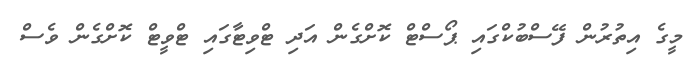
މީގެ އިތުރުން ފޭސްބުކްގައި ޕޯސްޓް ކޮށްގެން އަދި ޓްވިޓާގައި ޓްވީޓް ކޮށްގެން ވެސް